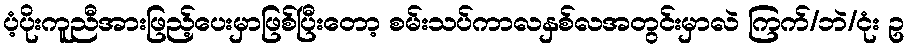
ပံ့ပိုးကူညီအားဖြည့်ပေးမှာဖြစ်ပြီးတော့ စမ်းသပ်ကာလနှစ်လအတွင်းမှာလဲ ကြက်/ဘဲ/ငုံး ဥ